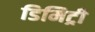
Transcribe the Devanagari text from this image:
डिमिट्री